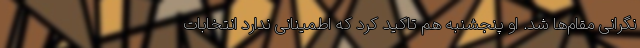
نگرانی مقام‌ها شد. او پنجشنبه هم تاکید کرد که اطمینانی ندارد انتخابات